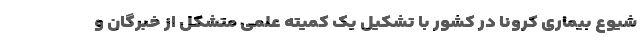
شیوع بیماری کرونا در کشور با تشکیل یک کمیته علمی متشکل از خبرگان و